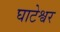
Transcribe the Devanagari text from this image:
घाटेश्वर